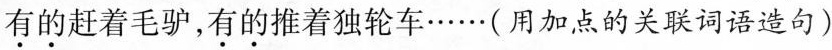
\underset{·}{有}\underset{·}{的}赶着毛驴，\underset{·}{有}\underset{·}{的}推着独轮车······(用加点的关联词语造句)